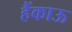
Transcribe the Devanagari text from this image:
हैंकाऊ